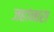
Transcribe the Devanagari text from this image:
जहांनारा